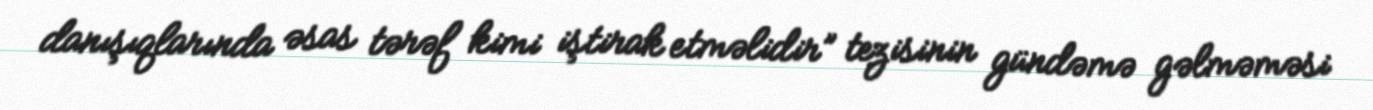
danışıqlarında əsas tərəf kimi iştirak etməlidir” tezisinin gündəmə gəlməməsi